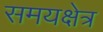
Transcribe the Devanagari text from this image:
समयक्षेत्र